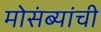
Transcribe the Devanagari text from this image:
मोसंब्यांची